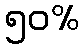
၅၀%